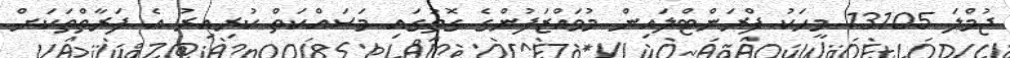
ޖުމްލަ 13105 މީހަކު ފްރަންޓްލައިން މުވައްޒަފުންގެ ގޮތުގައި މަސައްކަތް ކުރިއިރު އެ ފަރާތްތަކަށް